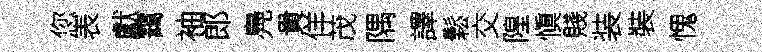
您表獻靄袖郎鳧貴佯茂隅譯鬆交隍愼賤装裝愧